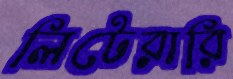
লিটেরারি